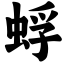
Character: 蜉